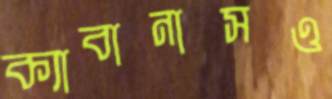
ক্যাবানাসও